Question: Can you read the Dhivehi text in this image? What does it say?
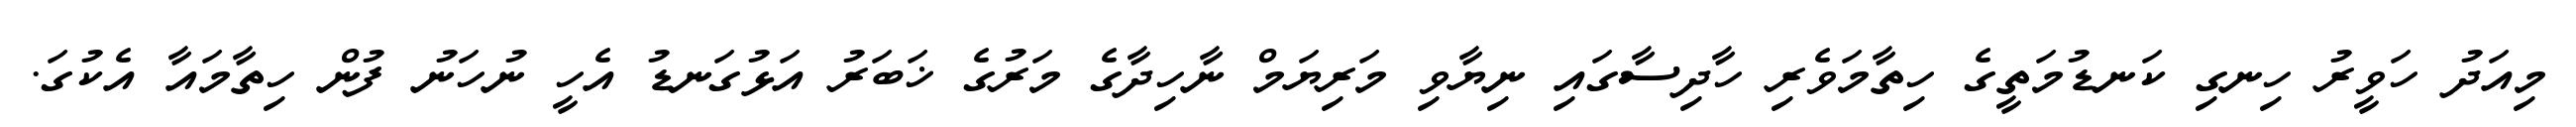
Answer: މިއަދު ހަވީރު ހިނގި ކަނޑުމަތީގެ ހިތާމަވެރި ހާދިސާގައި ނިޔާވި މަރިޔަމް ނާހިދާގެ މަރުގެ ޚަބަރު އަޅުގަނޑު އެހީ ނުހަނު ފުން ހިތާމައާ އެކުގަ.